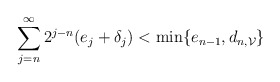
\begin{align*}\sum_{j=n}^{\infty} 2^{j-n} (e_j + \delta_j) < \min \{e_{n-1}, d_{n, \mathcal{V}}\}\end{align*}